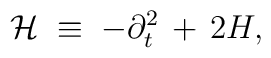
{\mathcal H} \;\equiv\; -\partial_t^2\,+\,2H,